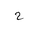
Letter: _ha